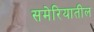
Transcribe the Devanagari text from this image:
समेरियातील